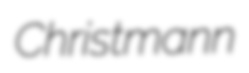
Christmann